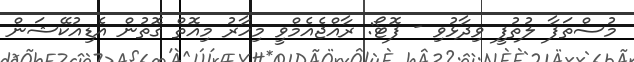
މުސްތަފާ ލުތުފީ ވިދާޅުވި - ފޮޓޯ: ރާއްޖެއެމްވީ މިހާރު މިއޮތް ގޮތުން އެޑިއުކޭޝަން